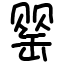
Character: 罂